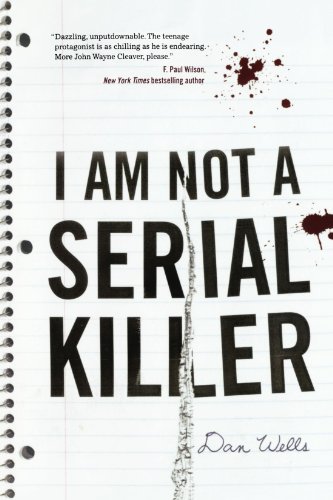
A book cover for I Am Not A Serial Killer (John Cleaver); Dan Wells; Mystery, Thriller & Suspense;